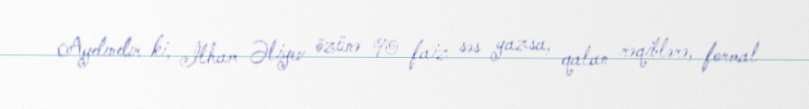
Aydındır ki, İlham Əliyev özünə 90 faiz səs yazsa, qalan rəqiblərə, formal